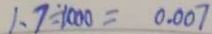
1 . 7 \div 1 0 0 0 = 0 . 0 0 7